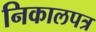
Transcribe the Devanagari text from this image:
निकालपत्र